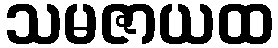
သမဇာယထ